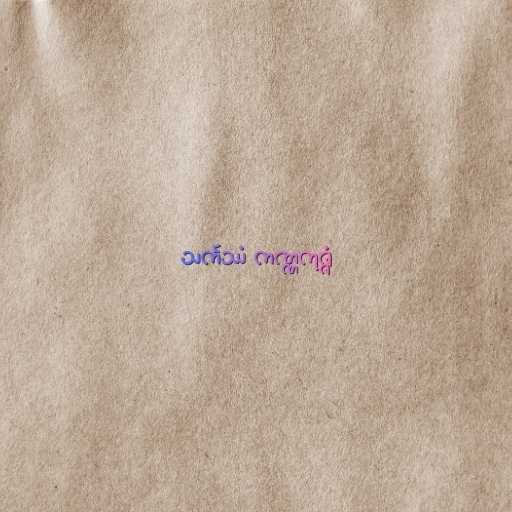
သင်္ကဿံ ကဏ္ဏကုဇ္ဇံ